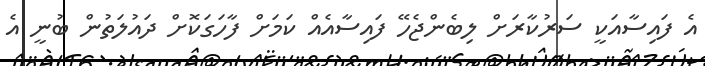
އެ ފައިސާއަކީ ސަރުކާރަށް ލިބެންޖެހޭ ފައިސާއެއް ކަމަށް ފާހަގަކޮށް ދައުލަތުން ބުނީ އެ